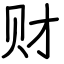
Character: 财